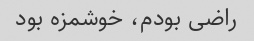
راضی بودم، خوشمزه بود